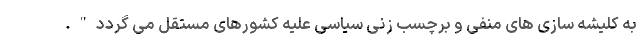
به کلیشه سازی های منفی و برچسب زنی سیاسی علیه کشورهای مستقل می گردد".